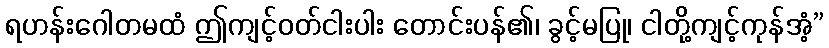
ရဟန်းဂေါတမထံ ဤကျင့်ဝတ်ငါးပါး တောင်းပန်၏၊ ခွင့်မပြု၊ ငါတို့ကျင့်ကုန်အံ့”